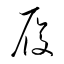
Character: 履